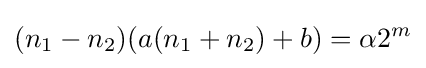
(n_{1}-n_{2})(a(n_{1}+n_{2})+b)=\alpha 2^{m}